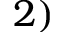
2 )